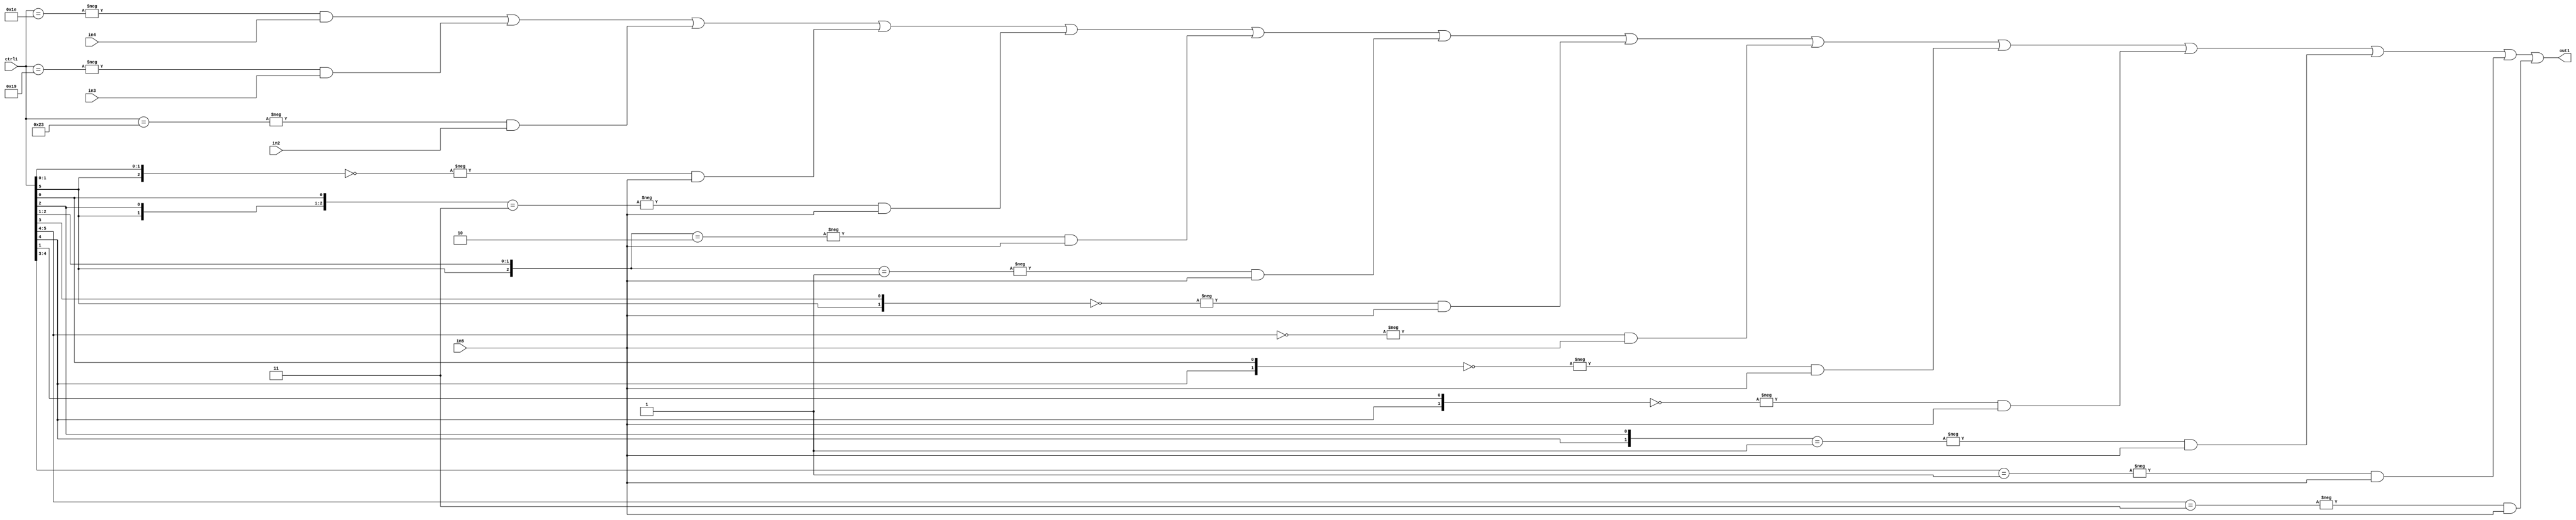
`timescale 1ps / 1ps
/*****************************************************************************
    Verilog RTL Description
    
    
    Created by: Stratus DpOpt 21.05.01 
*******************************************************************************/

module SobelFilter_N_Mux_32_4_34_4 (
	in5,
	in4,
	in3,
	in2,
	ctrl1,
	out1
	); /* architecture "behavioural" */ 
input [31:0] in5;
input [8:0] in4,
	in3,
	in2;
input [5:0] ctrl1;
output [31:0] out1;
wire [31:0] asc001;

assign asc001 = 
	-{ctrl1 == 6'B011110} & in4 |
	-{ctrl1 == 6'B011001} & in3 |
	-{ctrl1 == 6'B100011} & in2 |
	-{{ctrl1[5], ctrl1[1:0]} == 3'B000} & in5 |
	-{{ctrl1[5], ctrl1[2], ctrl1[0]} == 3'B011} & in5 |
	-{{ctrl1[5], ctrl1[2:1]} == 3'B010} & in5 |
	-{{ctrl1[5], ctrl1[2:1]} == 3'B001} & in5 |
	-{{ctrl1[5], ctrl1[3]} == 2'B00} & in5 |
	-{ctrl1[5:4] == 2'B00} & in5 |
	-{{ctrl1[4], ctrl1[0]} == 2'B00} & in5 |
	-{{ctrl1[4], ctrl1[1]} == 2'B00} & in5 |
	-{{ctrl1[4], ctrl1[2]} == 2'B01} & in5 |
	-{ctrl1[4:3] == 2'B01} & in5 |
	-{ctrl1[5:4] == 2'B11} & in5 ;

assign out1 = asc001;
endmodule

/* CADENCE  vLj0SAA= : u9/ySxbfrwZIxEzHVQQV8Q== ** DO NOT EDIT THIS LINE ******/